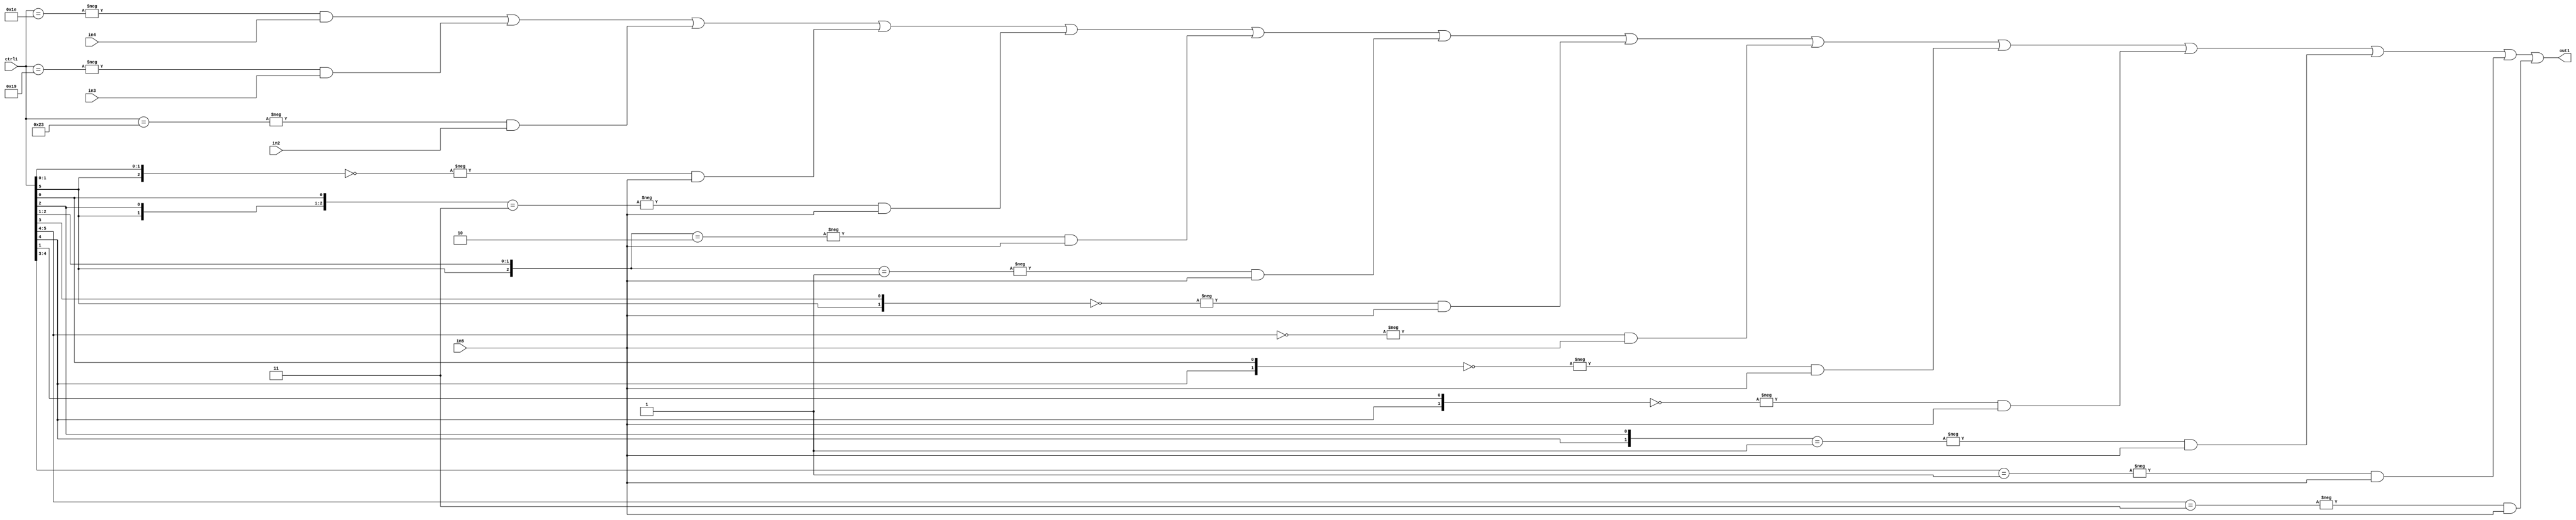
`timescale 1ps / 1ps
/*****************************************************************************
    Verilog RTL Description
    
    
    Created by: Stratus DpOpt 21.05.01 
*******************************************************************************/

module SobelFilter_N_Mux_32_4_34_4 (
	in5,
	in4,
	in3,
	in2,
	ctrl1,
	out1
	); /* architecture "behavioural" */ 
input [31:0] in5;
input [8:0] in4,
	in3,
	in2;
input [5:0] ctrl1;
output [31:0] out1;
wire [31:0] asc001;

assign asc001 = 
	-{ctrl1 == 6'B011110} & in4 |
	-{ctrl1 == 6'B011001} & in3 |
	-{ctrl1 == 6'B100011} & in2 |
	-{{ctrl1[5], ctrl1[1:0]} == 3'B000} & in5 |
	-{{ctrl1[5], ctrl1[2], ctrl1[0]} == 3'B011} & in5 |
	-{{ctrl1[5], ctrl1[2:1]} == 3'B010} & in5 |
	-{{ctrl1[5], ctrl1[2:1]} == 3'B001} & in5 |
	-{{ctrl1[5], ctrl1[3]} == 2'B00} & in5 |
	-{ctrl1[5:4] == 2'B00} & in5 |
	-{{ctrl1[4], ctrl1[0]} == 2'B00} & in5 |
	-{{ctrl1[4], ctrl1[1]} == 2'B00} & in5 |
	-{{ctrl1[4], ctrl1[2]} == 2'B01} & in5 |
	-{ctrl1[4:3] == 2'B01} & in5 |
	-{ctrl1[5:4] == 2'B11} & in5 ;

assign out1 = asc001;
endmodule

/* CADENCE  vLj0SAA= : u9/ySxbfrwZIxEzHVQQV8Q== ** DO NOT EDIT THIS LINE ******/